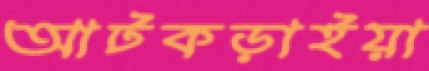
আটকড়াইয়া